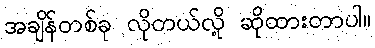
အချိန်တစ်ခု လိုတယ်လို့ ဆိုထားတာပါ။